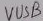
Text: VUSB